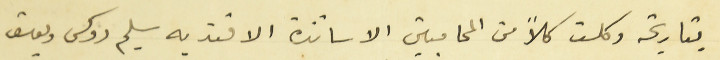
بتاريخه وكلت كلاً من المحاميين الاساتذة الافنديه سليم روكس ويوسف